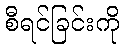
စီရင်ခြင်းကို